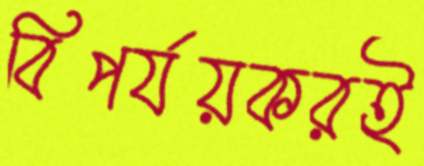
বিপর্যয়করই